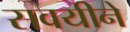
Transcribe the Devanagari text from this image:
सवयीने